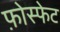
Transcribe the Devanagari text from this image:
फ़ोस्फेट